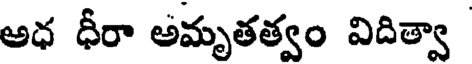
అధ ధీరా అమృతత్వం విదిత్వా